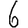
Digit: 6